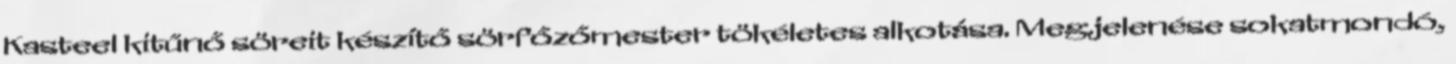
Kasteel kitűnő söreit készítő sörfőzőmester tökéletes alkotása. Megjelenése sokatmondó,